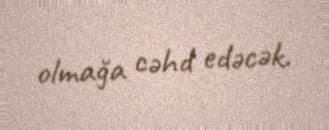
olmağa cəhd edəcək.